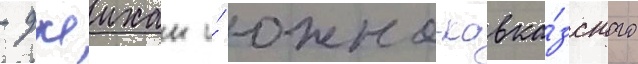
- джеихан и́ южно-кавка́зского